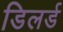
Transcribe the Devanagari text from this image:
डिलर्ड